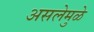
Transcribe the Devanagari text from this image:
असलेमुळे